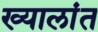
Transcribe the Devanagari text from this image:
ख्यालांत